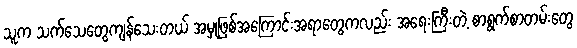
သူက သက်သေတွေကျန်သေးတယ် အမှုဖြစ်အကြောင်းအရာတွေကလည်း အရေးကြီးတဲ့ စာရွက်စာတမ်းတွေ